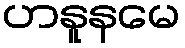
ဟနူနမေ